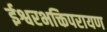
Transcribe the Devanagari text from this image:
ईश्वरभक्तिपरायण